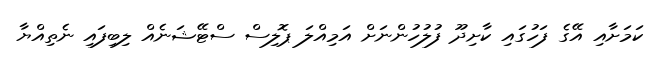
ކަމަށާއި އޭގެ ފަހުގައި ކާށިދޫ ފުލުހުންނަަށް އަމިއްލަ ޕޮލިސް ސްޓޭޝަނެއް ލިބިފައި ނެތިއްޔާ